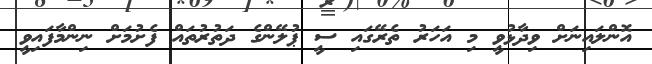
އޮންލައިނަށް ވިދާޅުވީ މި އަހަރު ތެރޭގައި ސީ ޕުލޭންގެ ދަތުރުތައް ފެށުމަށް ނިންމާފައިވީ